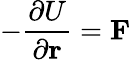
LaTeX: -{\frac{\partial U}{\partial\mathbf{r}}}=\mathbf{F}